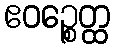
ဧဝဉ္စေတ္ထ